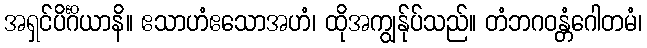
အရှင်ပိင်္ဂိယာနိ။ ဧသာဟံဧသောအဟံ၊ ထိုအကျွန်ုပ်သည်။ တံဘဂဝန္တံဂေါတမံ၊